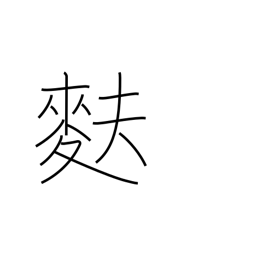
Meaning: light wheat-gluten bread